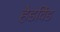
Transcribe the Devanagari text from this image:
हेडविंड